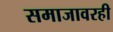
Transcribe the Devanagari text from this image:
समाजावरही